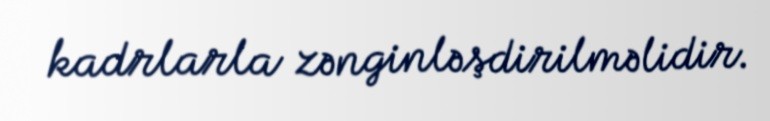
kadrlarla zənginləşdirilməlidir.